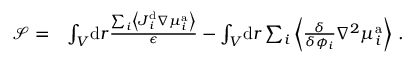
\begin{array} { r l } { \mathcal { S } = } & { \int _ { V } \! \mathrm { d } \boldsymbol { r } \frac { \sum _ { i } \left\langle \boldsymbol { J } _ { i } ^ { \mathrm { d } } \nabla { \mu } _ { i } ^ { \mathrm { a } } \right\rangle } { \epsilon } - \int _ { V } \! \mathrm { d } \boldsymbol { r } \sum _ { i } \left\langle \frac { \delta } { \delta { \phi _ { i } } } \nabla ^ { 2 } \mu _ { i } ^ { \mathrm { a } } \right\rangle \, . } \end{array}